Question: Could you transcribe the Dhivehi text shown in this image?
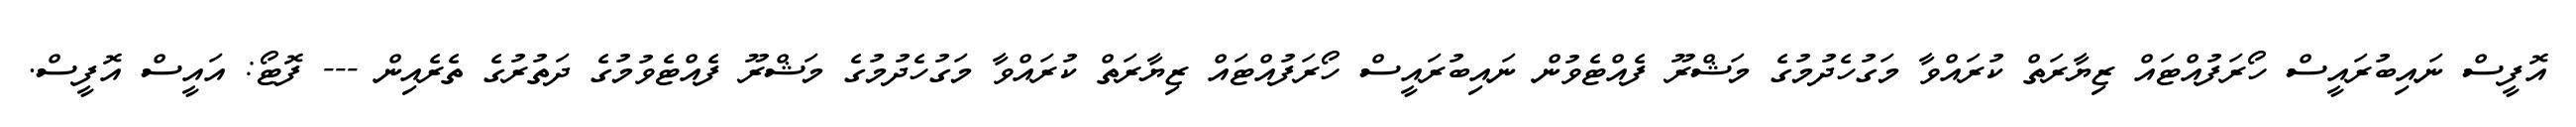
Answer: އޮފީސް ނައިބުރައީސް ހޯރަފުއްޓައް ޒިޔާރަތް ކުރައްވާ މަގުހެދުމުގެ މަޝްރޫ ފެއްޓެވުން ނައިބުރައީސް ހޯރަފުއްޓައް ޒިޔާރަތް ކުރައްވާ މަގުހެދުމުގެ މަޝްރޫ ފެއްޓެވުމުގެ ދަތުރުގެ ތެރެއިން --- ފޮޓޯ: އައީސް އޮފީސް.